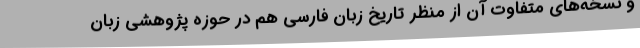
و نسخه‌های متفاوت آن از منظر تاریخ زبان فارسی هم در حوزه پژوهشی زبان